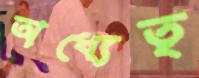
অধ্যেতৃ